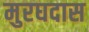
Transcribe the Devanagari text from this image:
मुरघदास